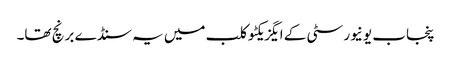
پنجاب یونیورسٹی کے ایگزیکٹو کلب میں یہ سنڈے برنچ تھا۔